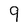
Character: 9